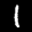
Label: 1